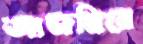
আজমিরে